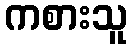
ကစားသူ